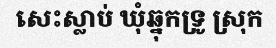
សេះស្លាប់ ឃុំឆ្នុកទ្រូ ស្រុក